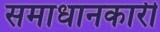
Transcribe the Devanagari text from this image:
समाधानकारी